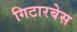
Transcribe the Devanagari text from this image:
गिटारबेस